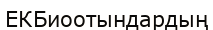
ЕКБиоотындардың